65_HS1-834228961_62-HQ-83894_Section_5
Agency: FBI
Page 92
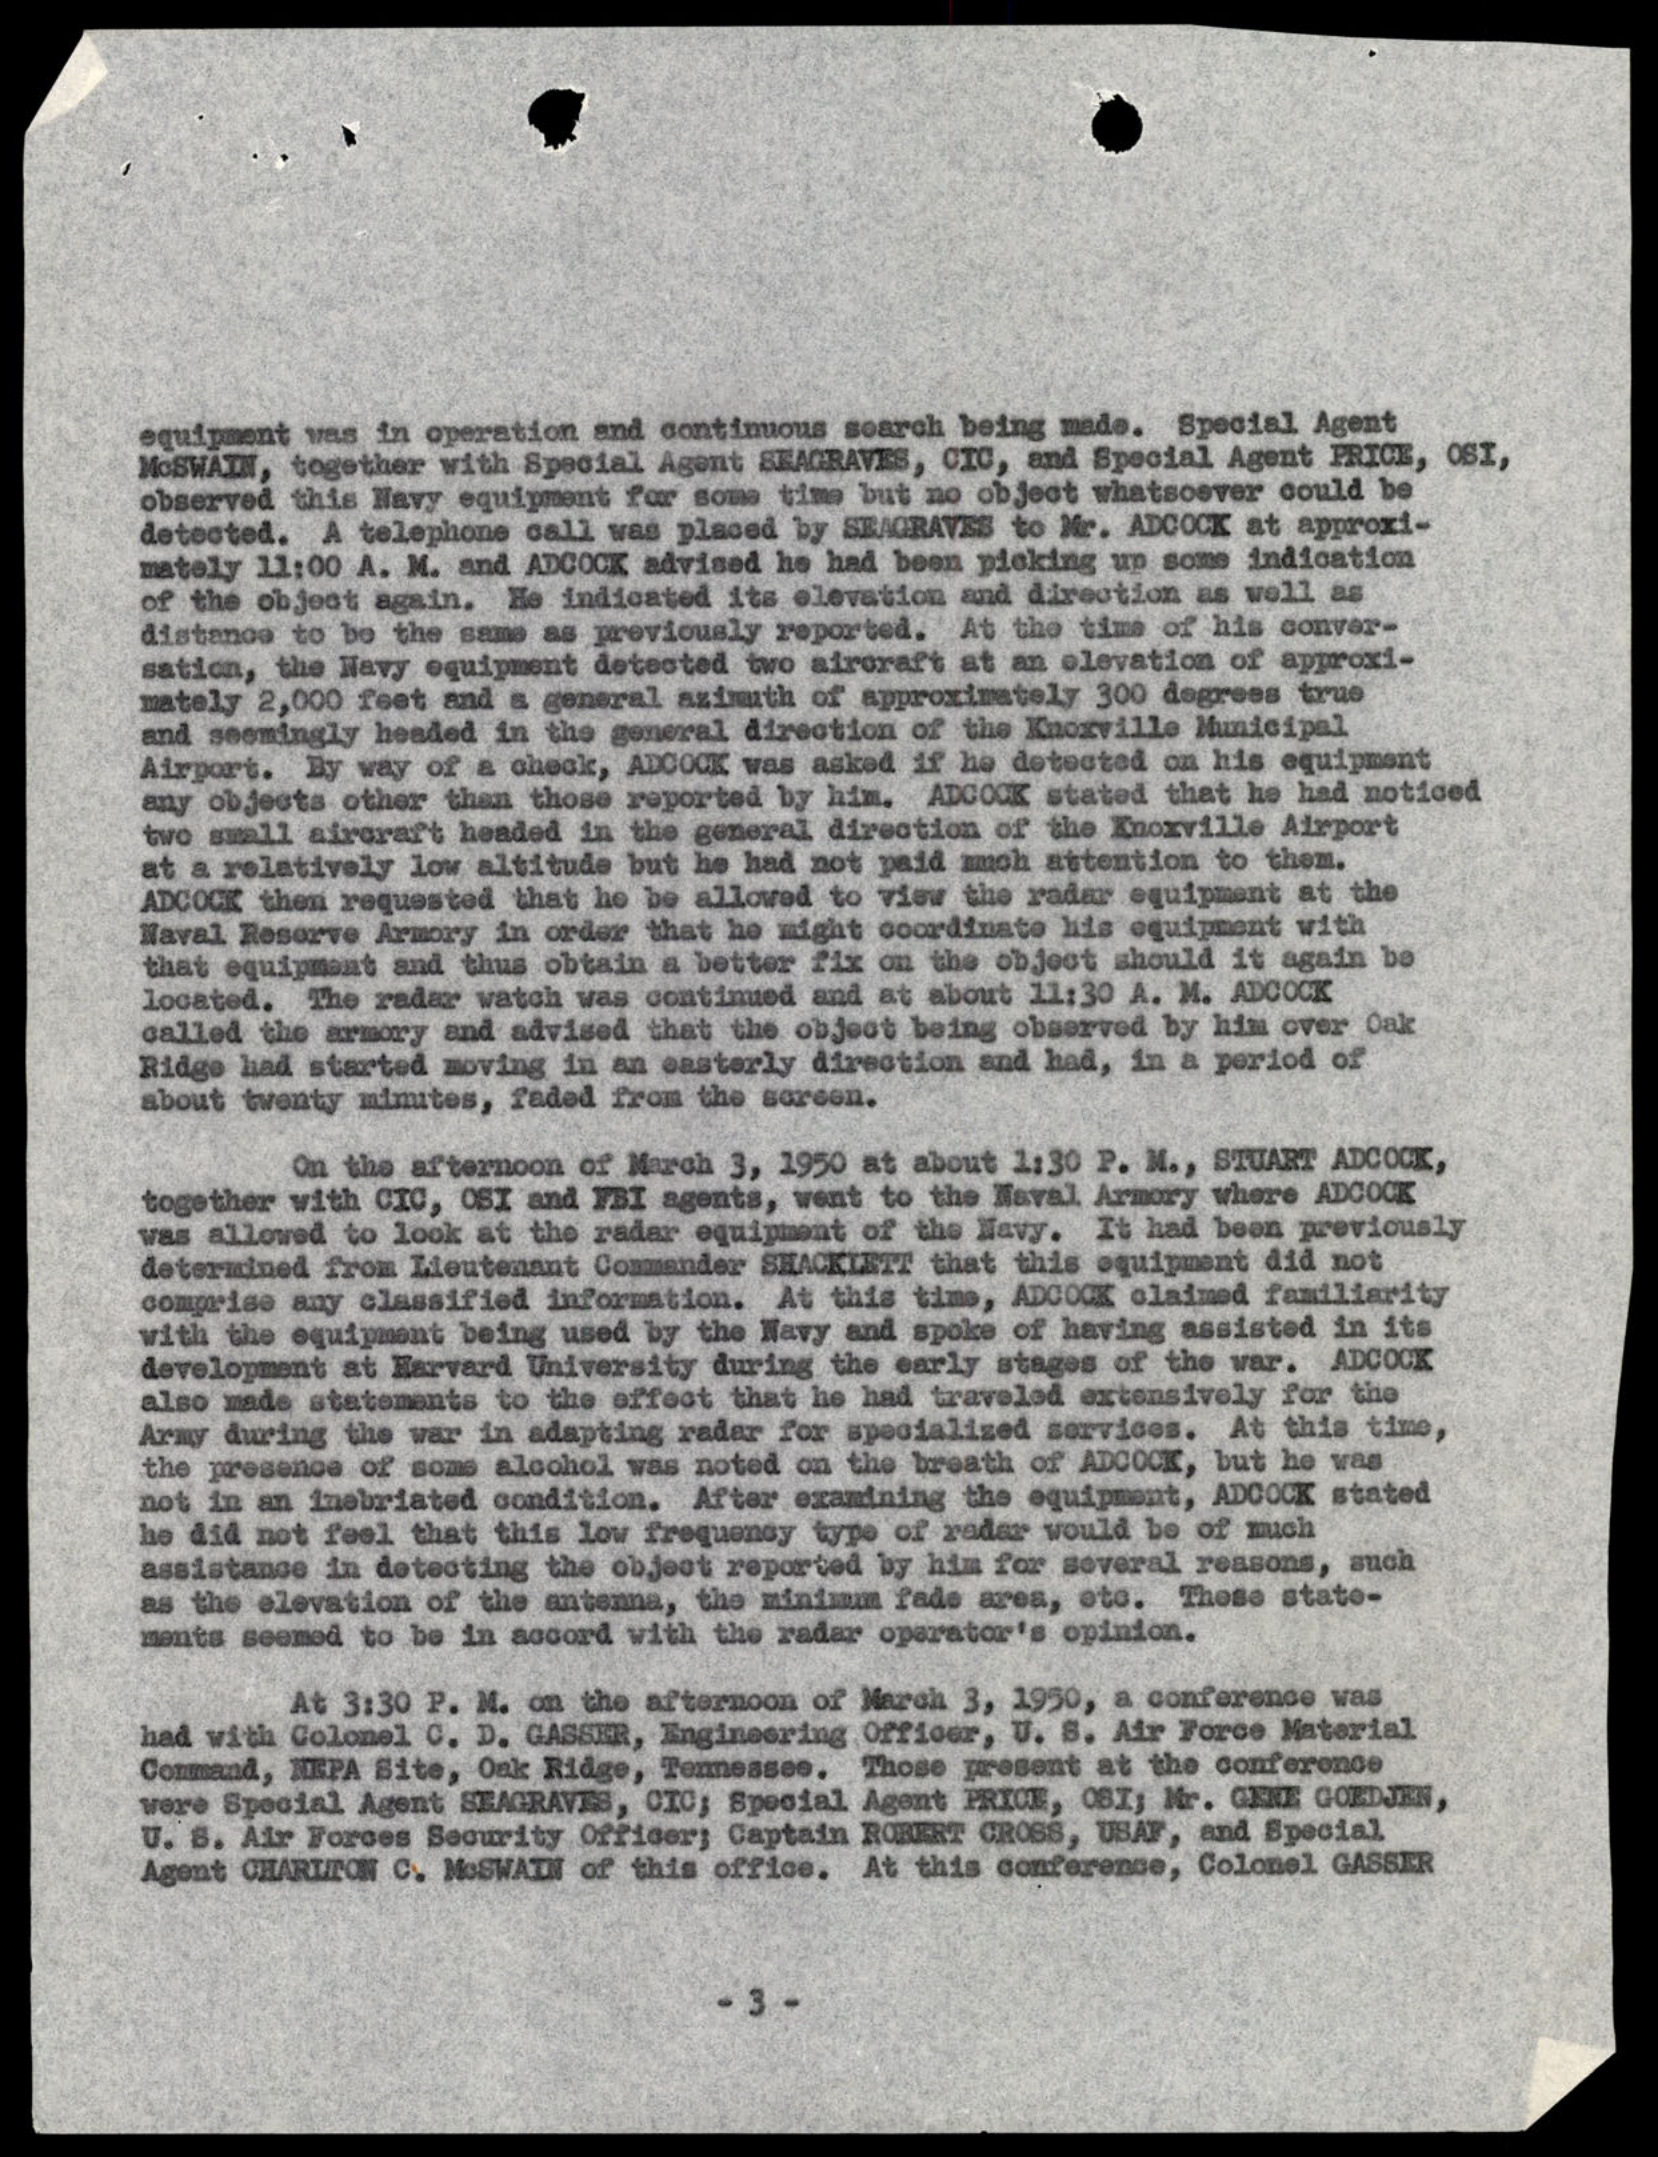